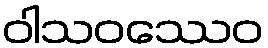
ဝါသဝဿေဝ